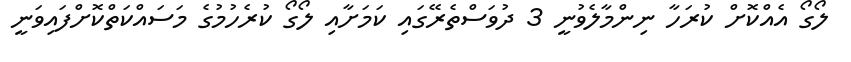
ލޯގޯ އެއްކޮށް ކުރަހާ ނިންމާލެވުނީ 3 ދުވަސްތެރޭގައި ކަމަށާއި ލޯގޯ ކުރެހުމުގެ މަސައްކަތްކޮށްފައިވަނީ